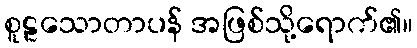
စူဠသောတာပန် အဖြစ်သို့ရောက်၏။